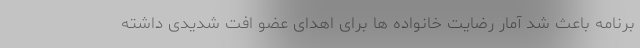
برنامه باعث شد آمار رضایت خانواده ها برای اهدای عضو افت شدیدی داشته